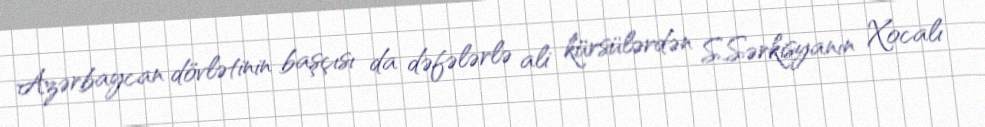
Azərbaycan dövlətinin başçısı da dəfələrlə ali kürsülərdən S.Sərkisyanın Xocalı